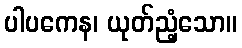
ပါပကေန၊ ယုတ်ညံ့သော။